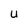
Character: U